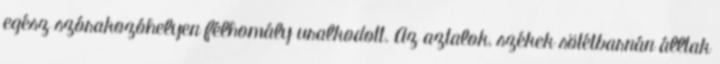
egész szórakozóhelyen félhomály uralkodott. Az aztalok, székek sötétbarnán álltak